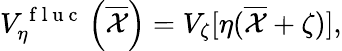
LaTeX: V_{\eta}^{\mathrm{~f~l~u~c~}}\left(\overline{{\mathcal{X}}}\right)=V_{\zeta}[\eta(\overline{{\mathcal{X}}}+\zeta)],